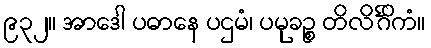
၉၃၂။ အာဒေါ ပဓာနေ ပဌမံ၊ ပမုခဉ္စ တိလိင်္ဂိကံ။